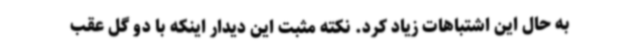
به حال این اشتباهات زیاد کرد. نکته مثبت این دیدار اینکه با دو گل عقب